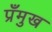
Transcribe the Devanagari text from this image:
प्रँमुख